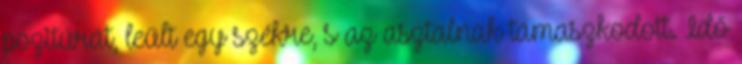
pozitúrát, leült egy székre, s az asztalnak támaszkodott. Idő